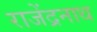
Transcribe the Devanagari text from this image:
राजेंद्रनाथ